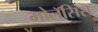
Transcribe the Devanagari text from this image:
मोलॅसिस